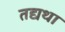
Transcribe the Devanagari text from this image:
तद्यथा